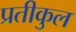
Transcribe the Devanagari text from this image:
प्रतीकुल